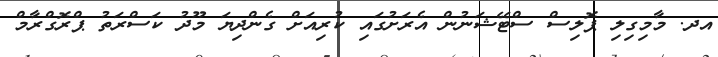
އދ. މާމިގިލި ޕޮލިސް ސްޓޭޝަނުން އެރަށުގައި ކުރިއަށް ގެންދިޔަ މޫދު ކަސްރަތު ޕްރޮގްރާމް